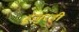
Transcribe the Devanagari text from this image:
हुजुरही